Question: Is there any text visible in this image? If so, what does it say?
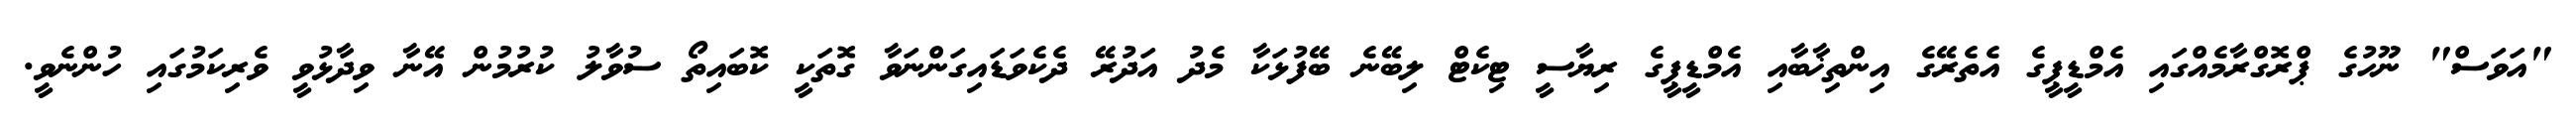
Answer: "އަވަސް" ނޫހުގެ ޕްރޮގްރާމެއްގައި އެމްޑީޕީގެ އެތެރޭގެ އިންތިޚާބާއި އެމްޑީޕީގެ ރިޔާސީ ޓިކެޓް ލިބޭނެ ބޭފުޅަކާ މެދު އަދުރޭ ދެކެވަޑައިގަންނަވާ ގޮތަކީ ކޮބައިތޯ ސުވާލު ކުރުމުން އޭނާ ވިދާޅުވީ ވެރިކަމުގައި ހުންނެވީ.